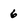
Character: 6